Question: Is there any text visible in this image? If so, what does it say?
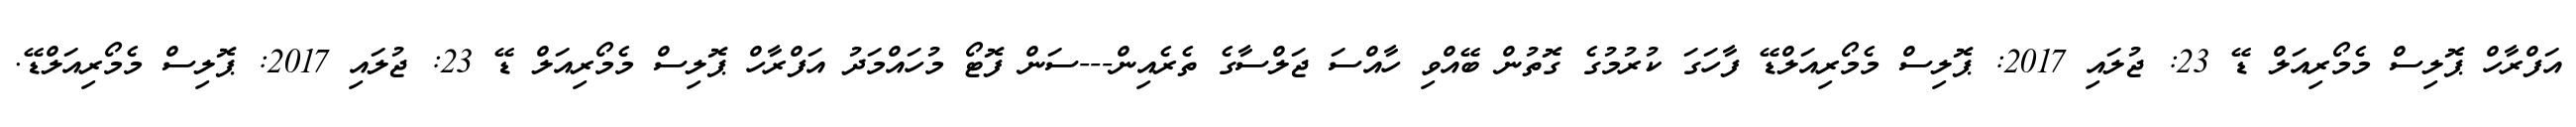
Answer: އަފްރާހް ޕޮލިސް މެމޯރިއަލް ޑޭ 23: ޖުލައި 2017: ޕޮލިސް މެމޯރިއަލްޑޭ ފާހަގަ ކުރުމުގެ ގޮތުން ބޭއްވި ހާއްސަ ޖަލްސާގެ ތެރެއިން---ސަން ފޮޓޯ މުހައްމަދު އަފްރާހް ޕޮލިސް މެމޯރިއަލް ޑޭ 23: ޖުލައި 2017: ޕޮލިސް މެމޯރިއަލްޑޭ.